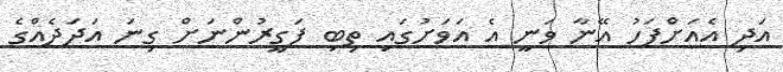
އަދި އެއަށްފަހު އޭނާ ވަނީ އެ އަވަށުގައި ތިބި ފަގީރުންނަށް ގިނަ އަދަދެއްގެ